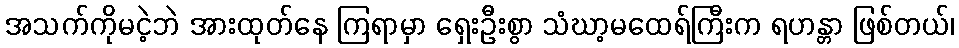
အသက်ကိုမငဲ့ဘဲ အားထုတ်နေ ကြရာမှာ ရှေးဦးစွာ သံဃာ့မထေရ်ကြီးက ရဟန္တာ ဖြစ်တယ်၊